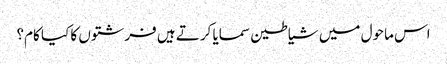
اس ماحول میں شیاطین سمایا کرتے ہیں فرشتوں کا کیا کام؟